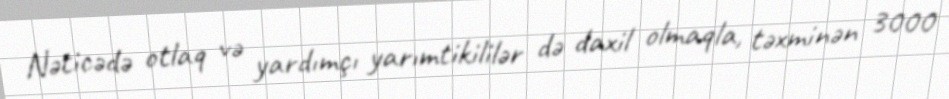
Nəticədə otlaq və yardımçı yarımtikililər də daxil olmaqla, təxminən 3000